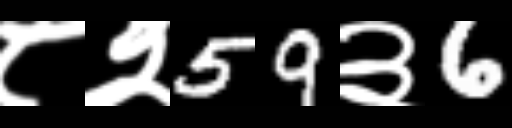
Text: ८२59३6